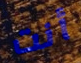
أنت